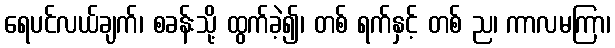
ရေပင်လယ်ချက်၊ စခန်းသို့ ထွက်ခဲ့၍၊ တစ် ရက်နှင့် တစ် ည၊ ကာလမကြာ၊